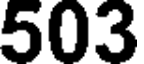
503